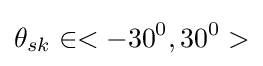
{{\theta }_{sk}}\in <-{{30}^{0}},{{30}^{0}}>